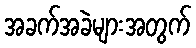
အခက်အခဲများအတွက်